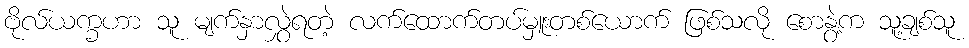
ဗိုလ်ယက္ခဟာ သူ မျက်နှာလွှဲရတဲ့ လက်ထောက်တပ်မှူးတစ်ယောက် ဖြစ်သလို စောနွဲ့က သူ့ချစ်သူ